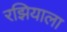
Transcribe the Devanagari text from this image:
रझियाला